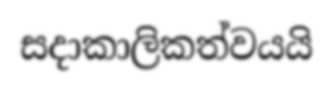
සදාකාලිකත්වයයි